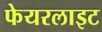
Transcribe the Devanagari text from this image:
फेयरलाइट